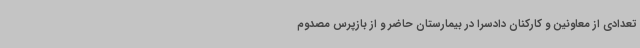
تعدادی از معاونین و کارکنان دادسرا در بیمارستان حاضر و از بازپرس مصدوم